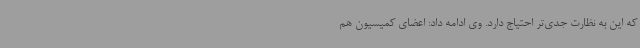
که این به نظارت جدی‌تر احتیاج دارد. وی ادامه داد: اعضای کمیسیون هم